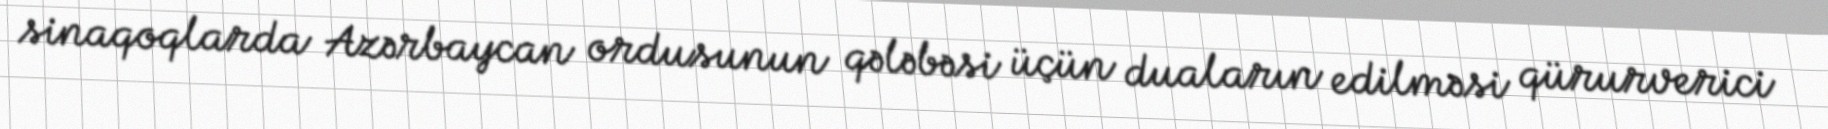
sinaqoqlarda Azərbaycan ordusunun qələbəsi üçün duaların edilməsi qürurverici